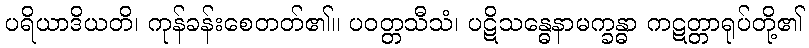
ပရိယာဒိယတိ၊ ကုန်ခန်းစေတတ်၏။ ပဝတ္တသီသံ၊ ပဋိသန္ဓေနာမက္ခန္ဓာ ကဋတ္တာရုပ်တို့၏